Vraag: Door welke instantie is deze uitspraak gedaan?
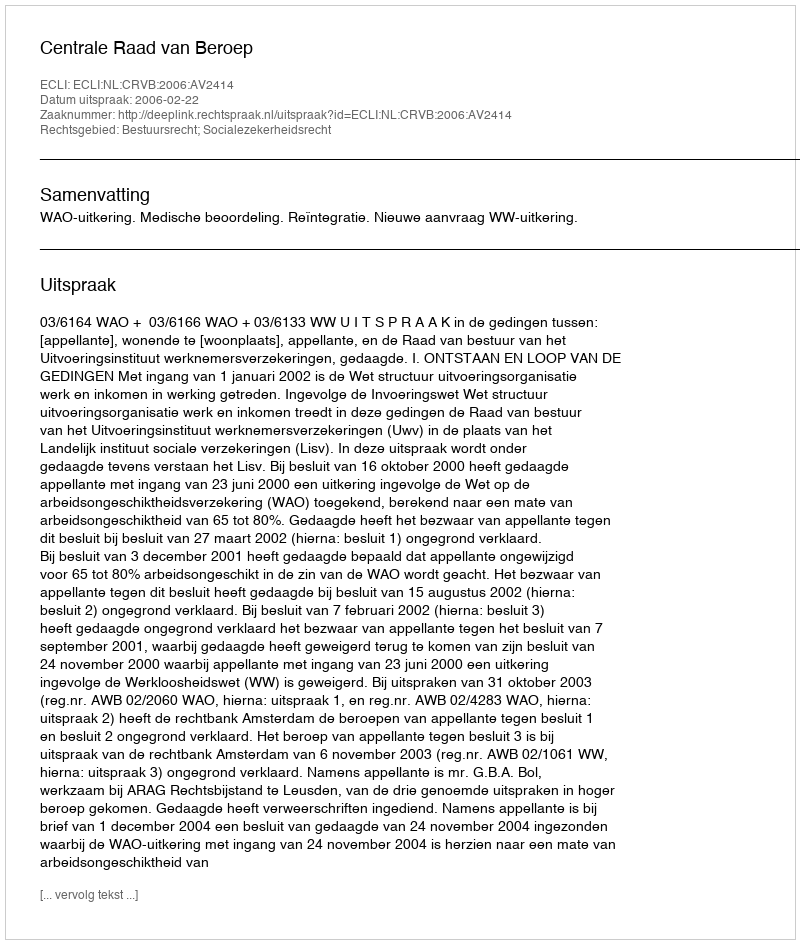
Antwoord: Centrale Raad van Beroep